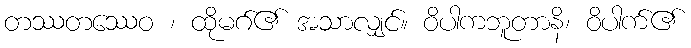
တဿတဿေဝ ၊ ထိုမဂ်၏ အသာလျှင်။ ဝိပါကဘူတာနိ၊ ဝိပါက်၏